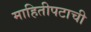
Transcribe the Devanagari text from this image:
माहितीपटाची